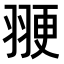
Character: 𫅩